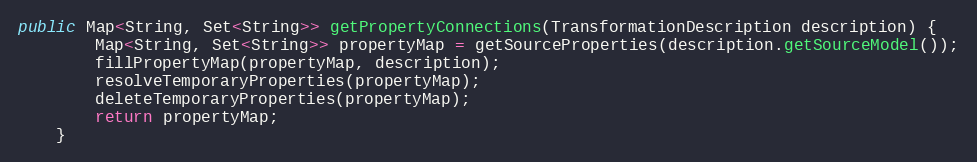
Language: Java
public Map<String, Set<String>> getPropertyConnections(TransformationDescription description) {
        Map<String, Set<String>> propertyMap = getSourceProperties(description.getSourceModel());
        fillPropertyMap(propertyMap, description);
        resolveTemporaryProperties(propertyMap);
        deleteTemporaryProperties(propertyMap);
        return propertyMap;
    }